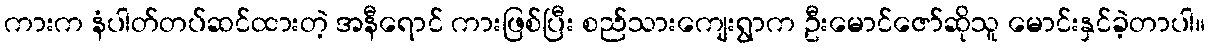
ကားက နံပါတ်တပ်ဆင်ထားတဲ့ အနီရောင် ကားဖြစ်ပြီး စည်သားကျေးရွာက ဦးမောင်ဇော်ဆိုသူ မောင်းနှင်ခဲ့တာပါ။